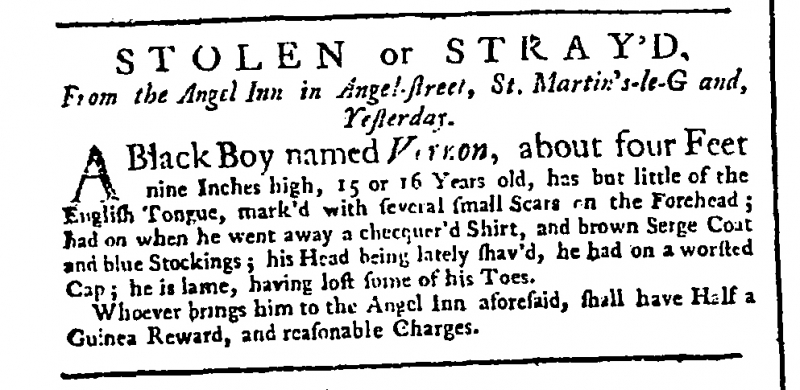
London Daily Post and General Advertiser, 27 July 1741 (England)
STOLEN or STRAY'D,From the Angel Inn in Angel-street, St. Martin’s-le-G and, Yesterday.  A Black Boy named V[e]rnon, about four Feet nine Inches high, 15 or 16 Years old, has but little of the English Tongue, mark’d with several small Scars on the Forehead; had on when he went away a checquer’d Shirt, and brown Serge Coat and blue Stockings; his Head being lately shav’d, he had on a worsted Cap; he is lame, having lost some of his Toes.  Whoever brings him to the Angel Inn aforesaid, shall have Half a Guinea Reward, and reasonable Charges.